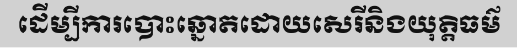
ដើម្បីការបោះឆ្នោតដោយសេរីនិងយុត្តិធម៌